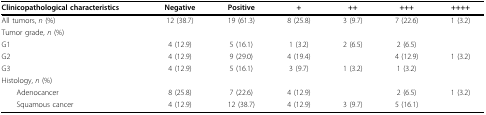
| Clinicopathological characteristics | Negative | Positive | + | ++ | +++ | ++++ |
 | --- | --- | --- | --- | --- | --- | --- |
 | All tumors, n (%) | 12 (38.7) | 19 (61.3) | 8 (25.8) | 3 (9.7) | 7 (22.6) | 1 (3.2) |
 | Tumor grade, n (%) |  |  |  |  |  |  |
 | G1 | 4 (12.9) | 5 (16.1) | 1 (3.2) | 2 (6.5) | 2 (6.5) |  |
 | G2 | 4 (12.9) | 9 (29.0) | 4 (19.4) |  | 4 (12.9) | 1 (3.2) |
 | G3 | 4 (12.9) | 5 (16.1) | 3 (9.7) | 1 (3.2) | 1 (3.2) |  |
 | Histology, n (%) |  |  |  |  |  |  |
 | Adenocancer | 8 (25.8) | 7 (22.6) | 4 (12.9) |  | 2 (6.5) | 1 (3.2) |
 | Squamous cancer | 4 (12.9) | 12 (38.7) | 4 (12.9) | 3 (9.7) | 5 (16.1) |  |